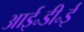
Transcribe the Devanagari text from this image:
आई॰डी॰ई